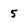
Character: 5